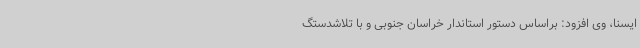
ایسنا، وی افزود: براساس دستور استاندار خراسان جنوبی و با تلاشدستگ